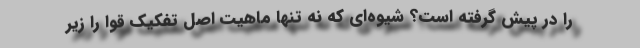
را در پیش گرفته است؟ شیوه‌ای که نه تنها ماهیت اصل تفکیک قوا را زیر